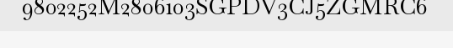
9802252M2806103SGPDV3CJ5ZGMRC6